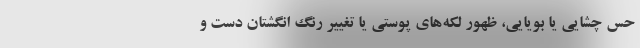
حس چشایی یا بویایی، ظهور لکه‌های پوستی یا تغییر رنگ انگشتان دست و